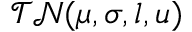
\mathcal { T N } ( \mu , \sigma , l , u )